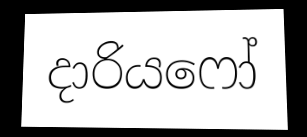
දාරියෆෝ